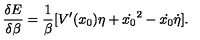
\frac { \delta E } { \delta \beta } = \frac { 1 } { \beta } [ V ^ { \prime } ( x _ { 0 } ) \eta + \dot { x _ { 0 } } ^ { 2 } - \dot { x _ { 0 } } \dot { \eta } ] .